Bréfritari: Sigurður Jónsson
Viðtakandi: Jón Borgfirðings Jónsson
Dagsetning: A-1857-04-04
Skrifað á: Möðrudal  N-Múl.

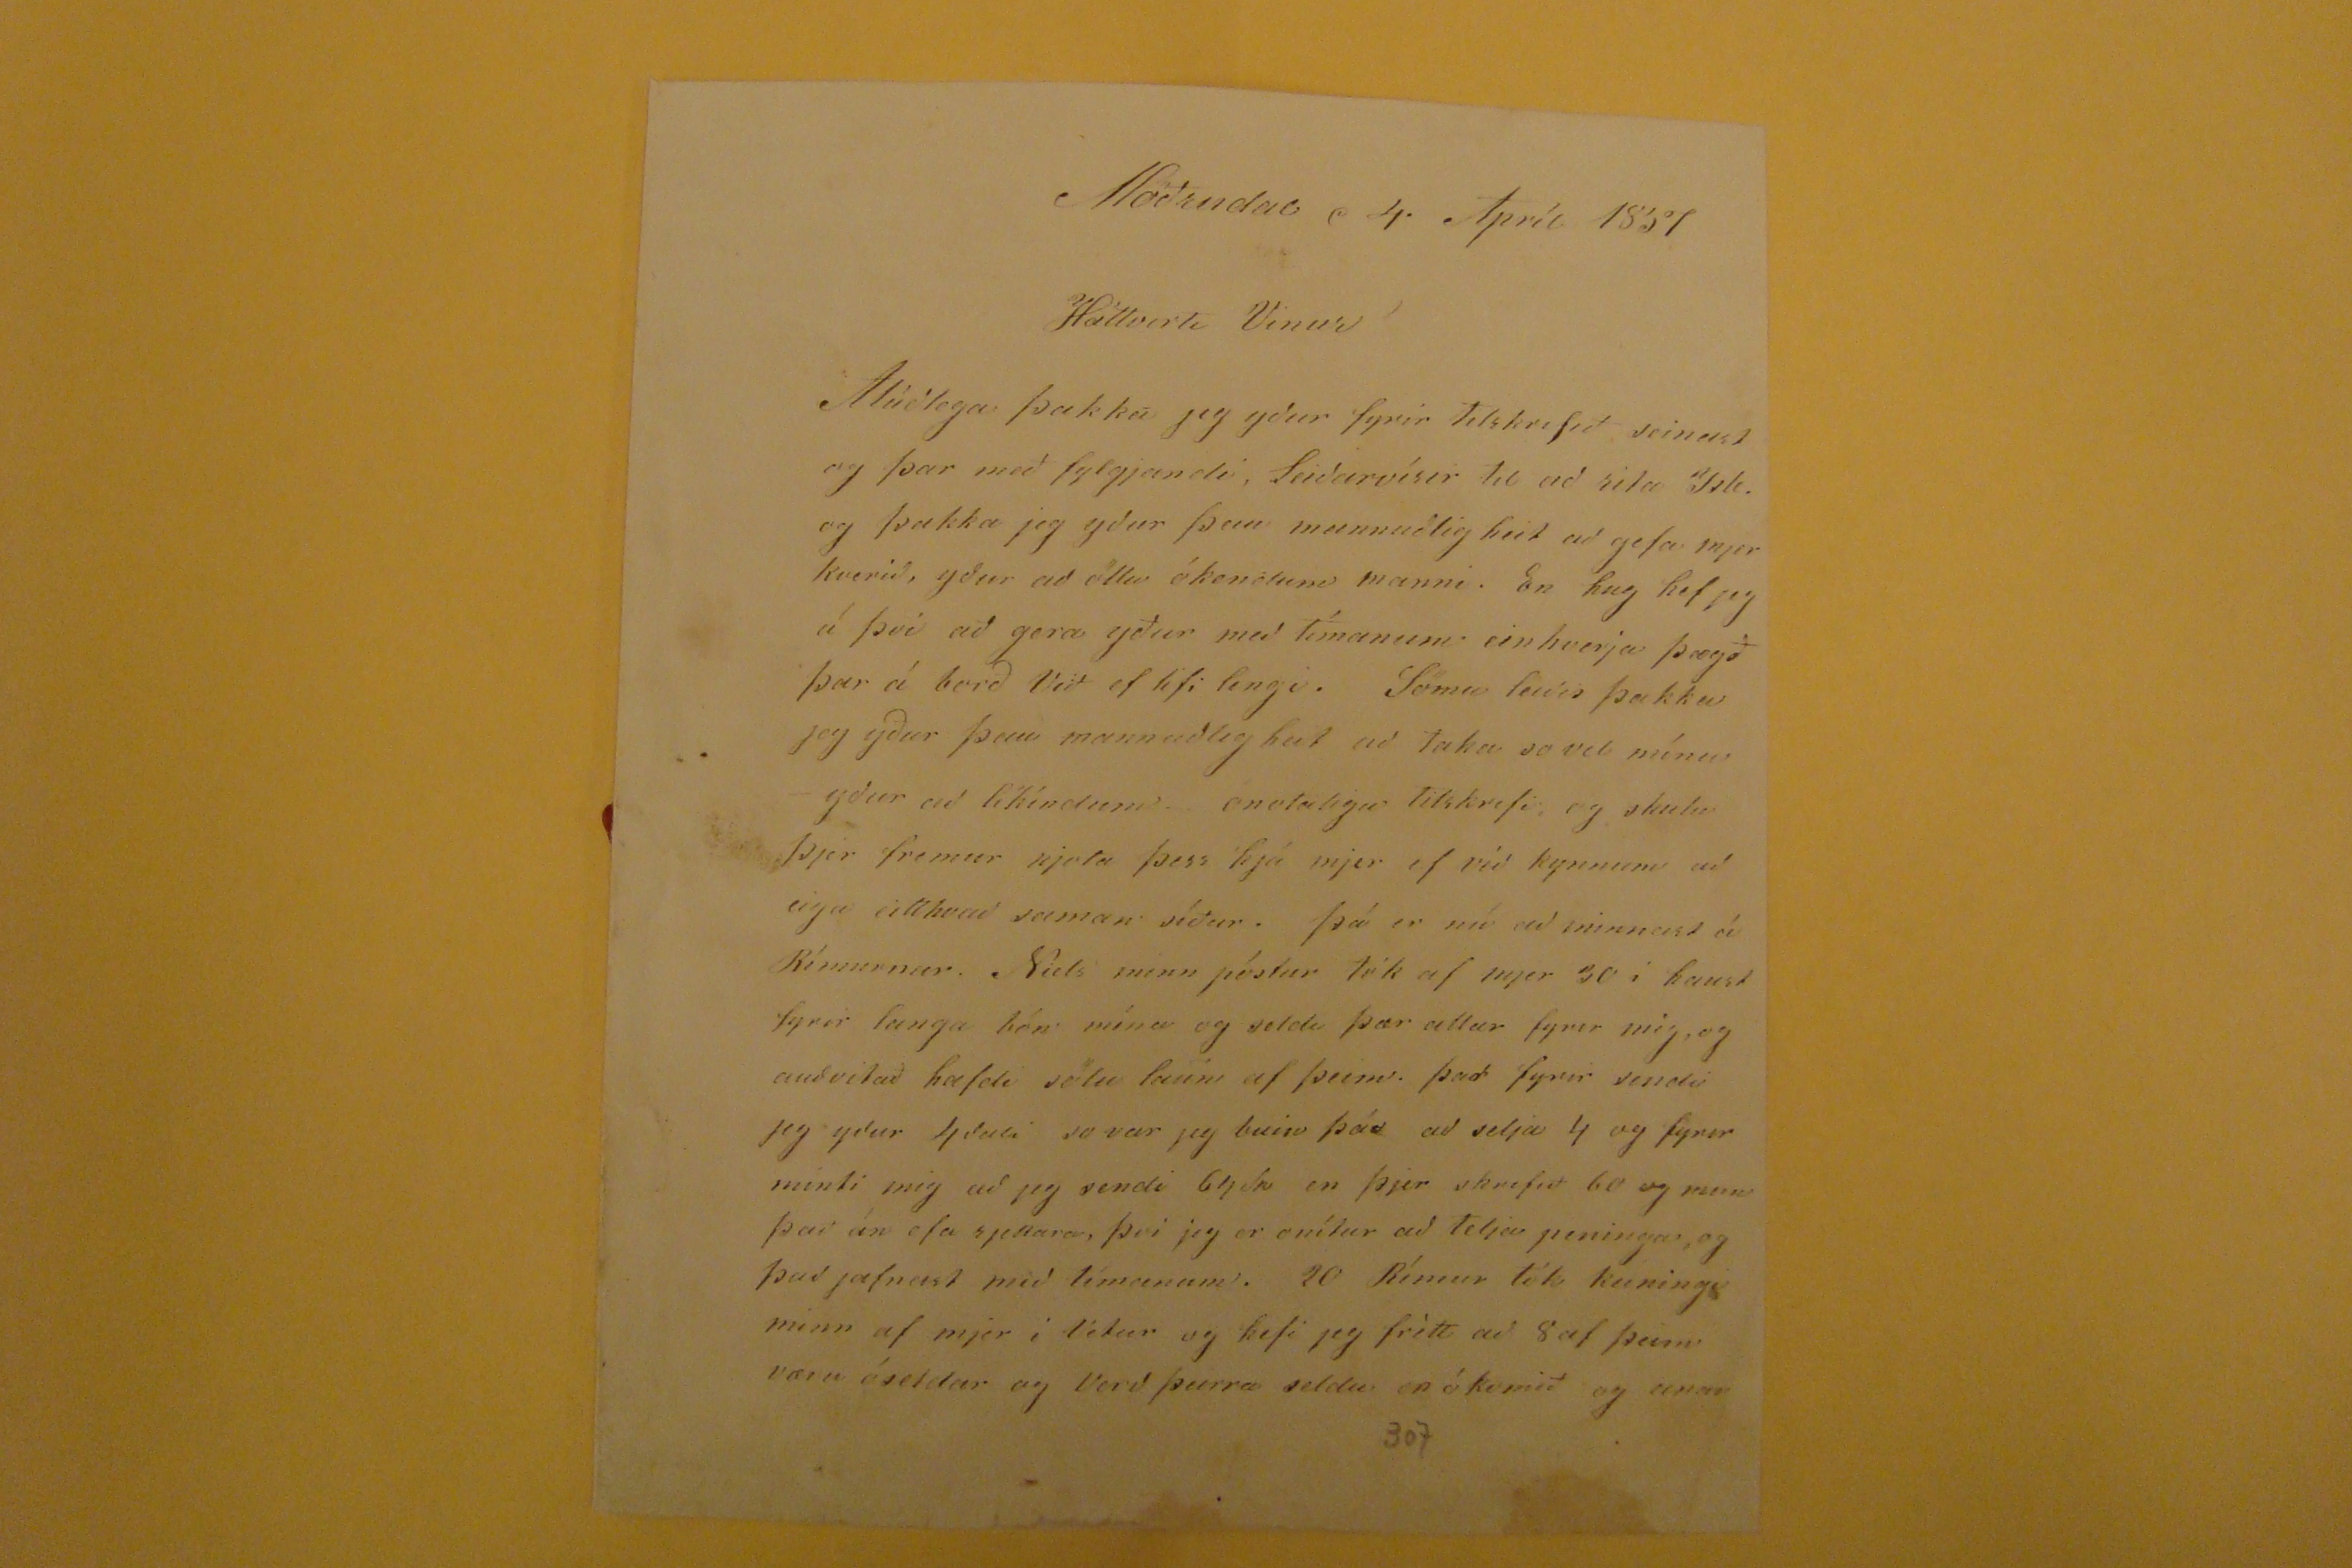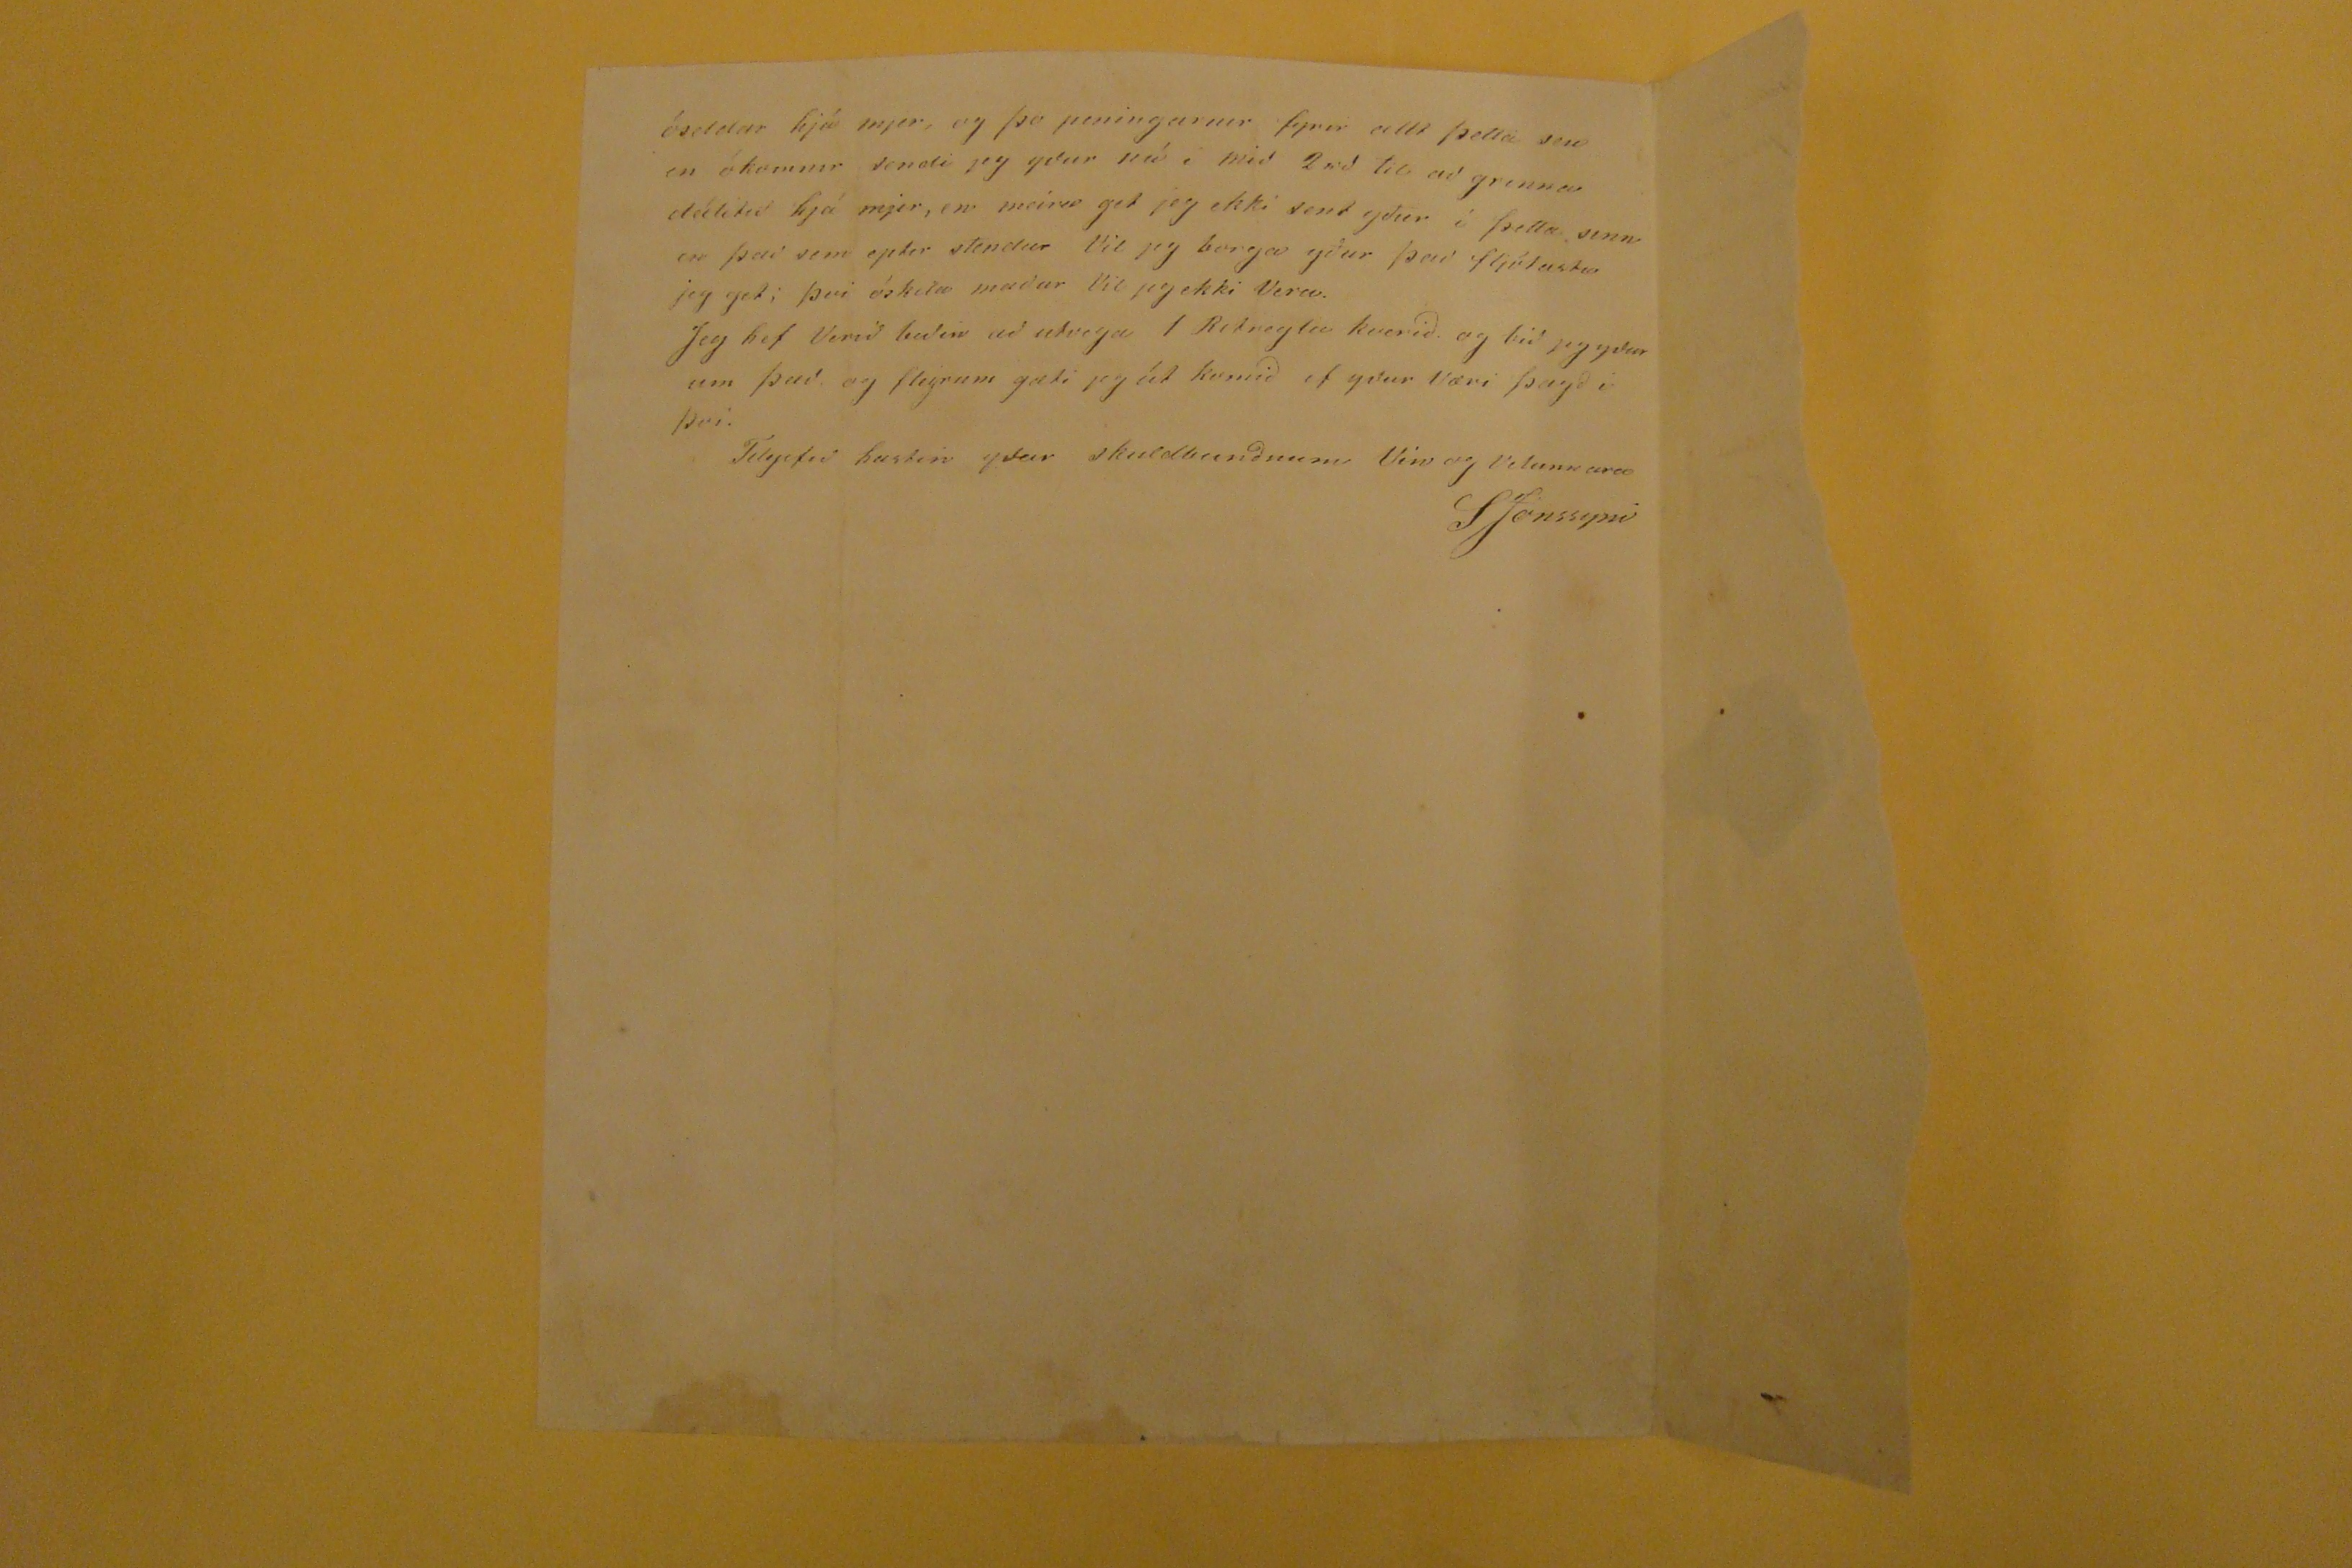

Möðrudal d 4. Apríl 1857
Háttvirti Vinur!
Alúðlega þakka ejg yður fyrir tilskrifið seinast og þar með fylgjandi, Seiðarvísur til að rita
Isk
. og þakka jeg yður þau mannuðleg heit að gefa mjer kverið, yður að öllu
ókenólum
manni. En hug hef jeg á því að gera yður með tímanum einhverja þægð þar á borð Við ef lifi lengi. Sömu leiðis þakka jeg yður þau mannuðleg heit að taka so vel mínu - yður að líkindum - ónotalegu tilskrifi, og skulu þjer fremur njota þess hjá mjer ef við kynnum að eiga eitthvað saman síður. Þá er nú að minnast á Rimurnar. Niels minn póstur tók af mjer 30 í haust fyrir langa bón mína og seldi þær allar fyrir mig, og auðvitað hafdi sölu launi af þeim. það fyrir sendi jeg yður 4dali so var jeg buin þá
ð
að selja 4 og fyrir minti mig mig að jeg sendi 64 sk en þjer skrifið 60 og mun það án efa rjettara, þvi jeg er onítur að telja peninga, og það jafnast mið tímanum. 20 Rímur tók kuningi minn af mjer í Vetur og hefi jeg frétt að 8 af þeim væru óseldar og Verð þeirra seldu en ókomið og anar
óseldar hjá mjer, og þo peningarnir fyrir allt þetta seu en ókomnir sendi jeg yður nú i mið 2rd itl að grinna dálitið hjá mjer, en meira get jeg ekki sent yður í þetta sinn en það sem eptir stendur Vil jeg borga yður það fljótasta jeg get; þvi óskila maður Vil jeg ekki Vera. Jeg hef Verið beðin að utvega 1 Ritreglu kverið. og bið jeg yður um það. og fleyrum gæti jeg út komið ef yður væri þægð i þvi.
Tilgefið
hastin yðar skuldbunðnum Vin og Velunnara
SJónssyni